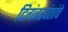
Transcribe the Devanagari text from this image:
दिगंबरपंतांचे